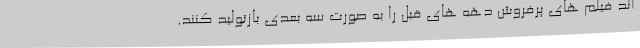
اند فیلم های پرفروش دهه های قبل را به صورت سه بعدی بازتولید کنند.